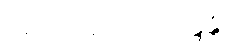
ဥဘော မဂ္ဂေဟိ သန္ဒန္တိ၊